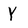
Character: Y